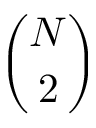
\binom { N } { 2 }